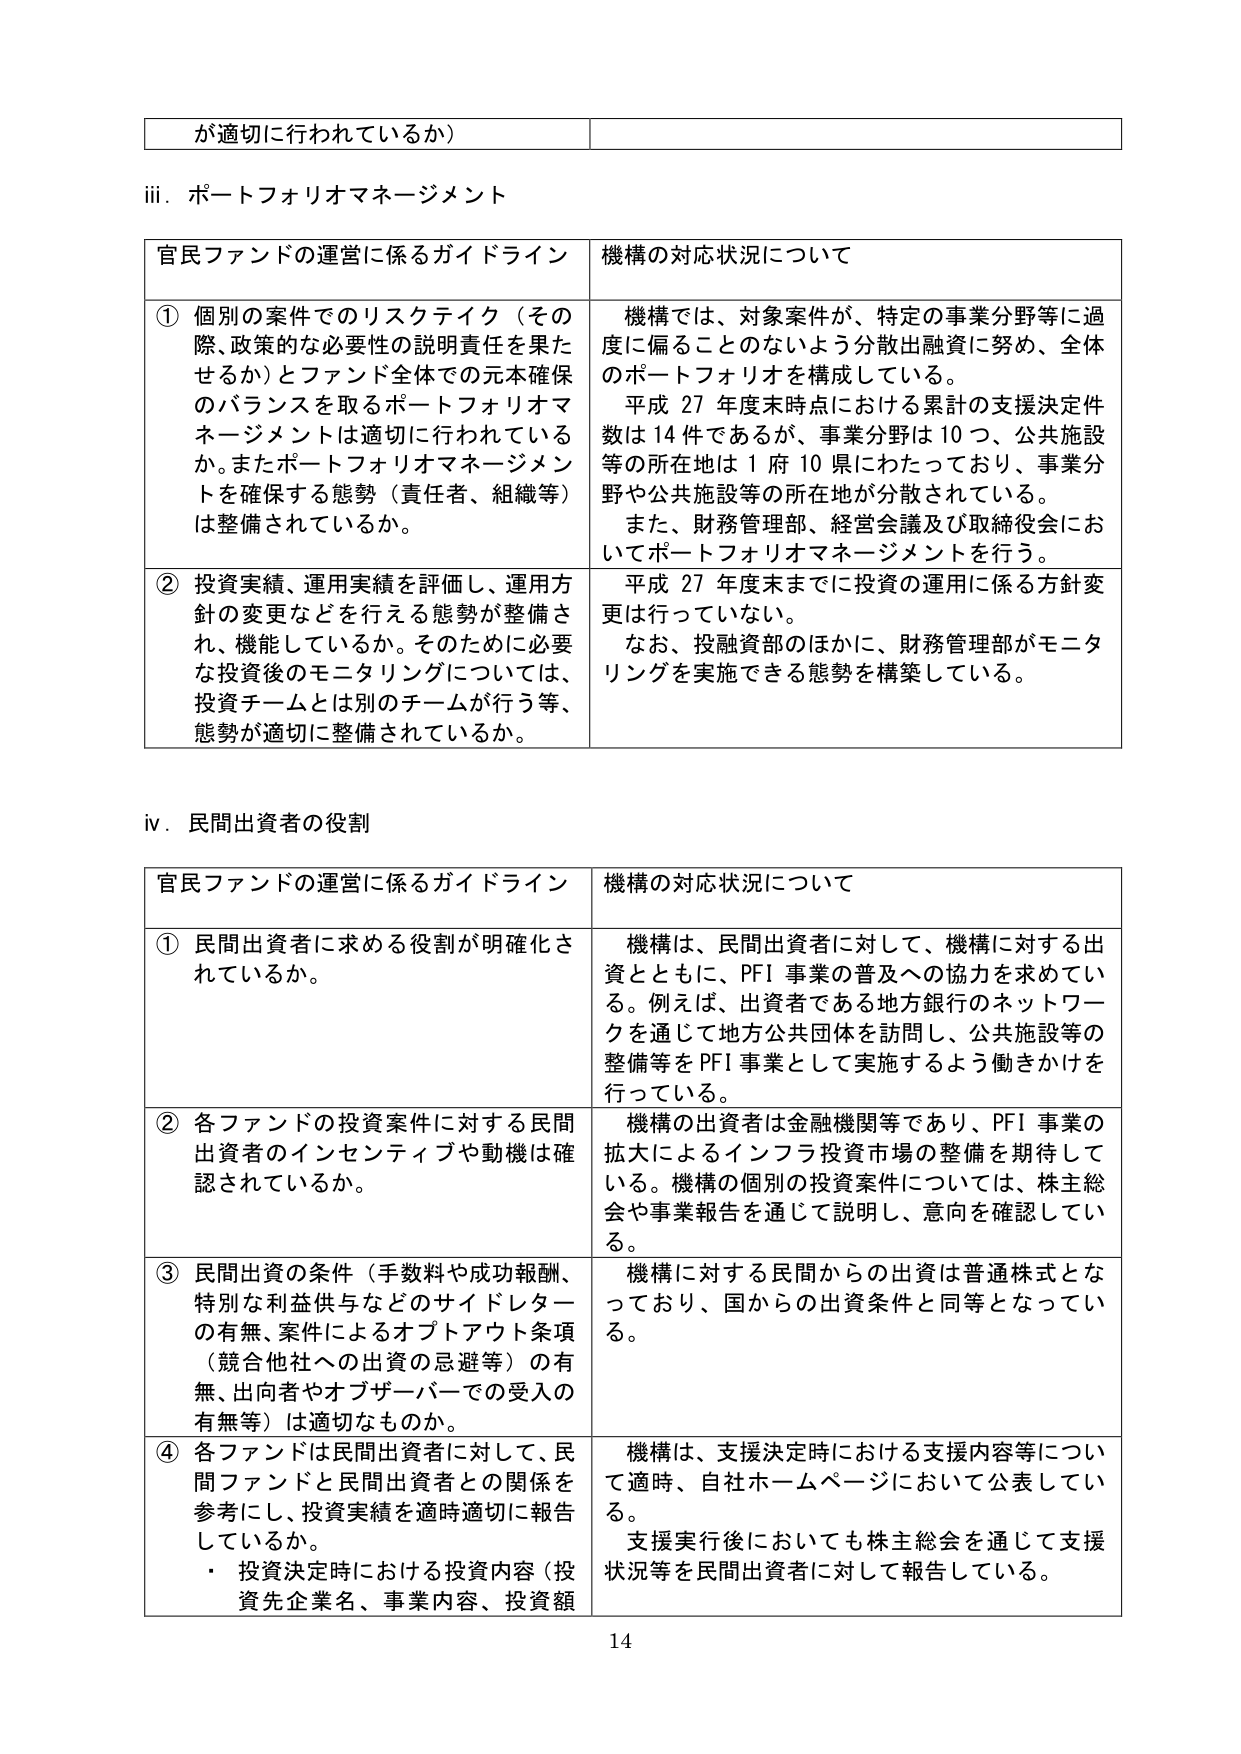
が適切に行われているか）

iii．ポートフォリオマネージメント

官民ファンドの運営に係るガイドライン　　機構の対応状況について

① 個別の案件でのリスクテイク（その際、政策的な必要性の説明責任を果たせるか）とファンド全体での元本確保のバランスを取るポートフォリオマネージメントは適切に行われているか。またポートフォリオマネージメントを確保する態勢（責任者、組織等）は整備されているか。

　　機構では、対象案件が、特定の事業分野等に過度に偏ることのないよう分散出融資に努め、全体のポートフォリオを構成している。
　　平成27年度末時点における累計の支援決定件数は14件であるが、事業分野は10つ、公共施設等の所在地は1府10県にわたっており、事業分野や公共施設等の所在地が分散されている。
　　また、財務管理部、経営会議及び取締役会においてポートフォリオマネージメントを行う。

② 投資実績、運用実績を評価し、運用方針の変更などを行える態勢が整備され、機能しているか。そのために必要な投資後のモニタリングについては、投資チームとは別のチームが行う等、態勢が適切に整備されているか。

　　平成27年度末までに投資の運用に係る方針変更は行っていない。
　　なお、投融資部のほかに、財務管理部がモニタリングを実施できる態勢を構築している。

iv．民間出資者の役割

官民ファンドの運営に係るガイドライン　　機構の対応状況について

① 民間出資者に求める役割が明確化されているか。

　　機構は、民間出資者に対して、機構に対する出資とともに、PFI事業の普及への協力を求めている。例えば、出資者である地方銀行のネットワークを通じて地方公共団体を訪問し、公共施設等の整備等をPFI事業として実施するよう働きかけを行っている。

② 各ファンドの投資案件に対する民間出資者のインセンティブや動機は確認されているか。

　　機構の出資者は金融機関等であり、PFI事業の拡大によるインフラ投資市場の整備を期待している。機構の個別の投資案件については、株主総会や事業報告を通じて説明し、意向を確認している。

③ 民間出資の条件（手数料や成功報酬、特別な利益供与などのサイドレターの有無、案件によるオプトアウト条項（競合他社への出資の忌避等）の有無、出向者やオブザーバーでの受入の有無等）は適切なものか。

　　機構に対する民間からの出資は普通株式となっており、国からの出資条件と同等となっている。

④ 各ファンドは民間出資者に対して、民間ファンドと民間出資者との関係を参考にし、投資実績を適時適切に報告しているか。
　　・ 投資決定時における投資内容（投資先企業名、事業内容、投資額

　　機構は、支援決定時における支援内容等について適時、自社ホームページにおいて公表している。
　　支援実行後においても株主総会を通じて支援状況等を民間出資者に対して報告している。

14